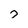
Character: 7